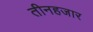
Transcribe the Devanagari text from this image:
तीनहजार